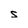
Character: s